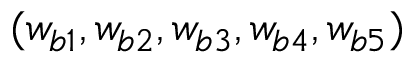
( w _ { b 1 } , w _ { b 2 } , w _ { b 3 } , w _ { b 4 } , w _ { b 5 } )